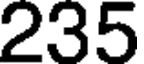
235